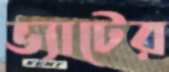
ভ্যাটের